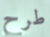
طرح